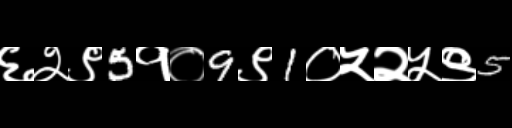
Text: ६२९5१०9९1०५२५९5